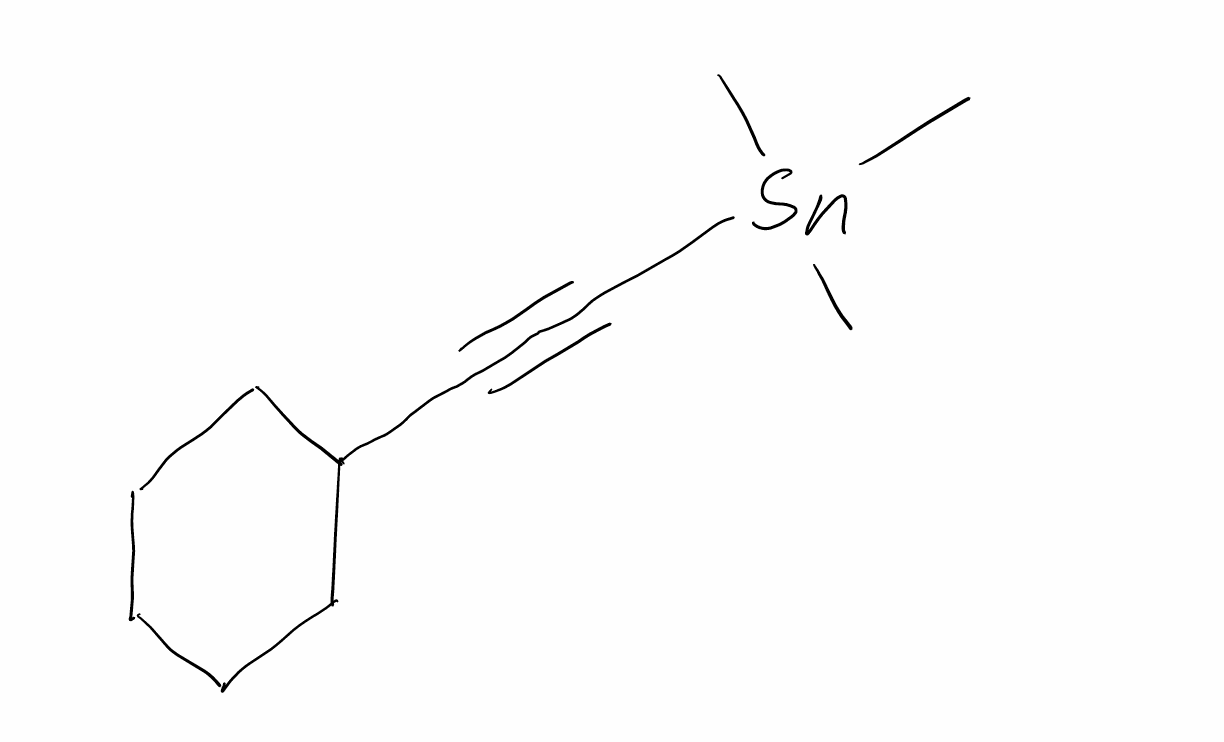
Simplified molecular-input line-entry system (SMILES) notation of the given molecule:
C[Sn](C)(C)C#CC1CCCCC1